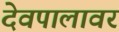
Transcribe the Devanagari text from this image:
देवपालावर